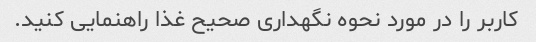
کاربر را در مورد نحوه نگهداری صحیح غذا راهنمایی کنید.